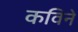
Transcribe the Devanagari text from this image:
कविने